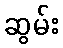
ဆွမ်း